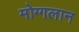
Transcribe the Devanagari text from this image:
मोग्गलान